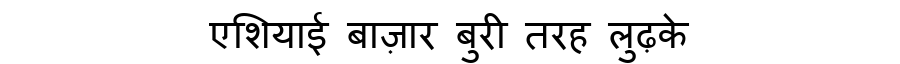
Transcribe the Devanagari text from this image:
एशियाई बाज़ार बुरी तरह लुढ़के